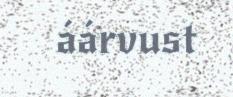
áárvust